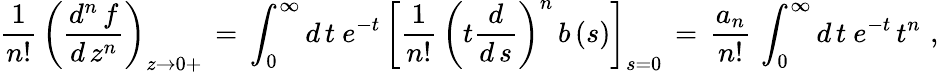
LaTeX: \frac{1}{n!}\, \left(\frac{d^{n}\, f}{d\, z^{n}}\right)_{z\to 0+}\, =\, \int_{0}^{\infty}d\, t\ e^{-t}\, \left[\frac{1}{n!}\, \left(t\frac{d}{d\, s}\right)^{n}\, b\, (s)\right]_{s=0}\, =\, \frac{a_{n}}{n!}\, \int_{0}^{\infty}d\, t\ e^{-t}\, t^{n}\, \, ,